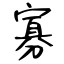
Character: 寡